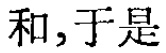
和,于是